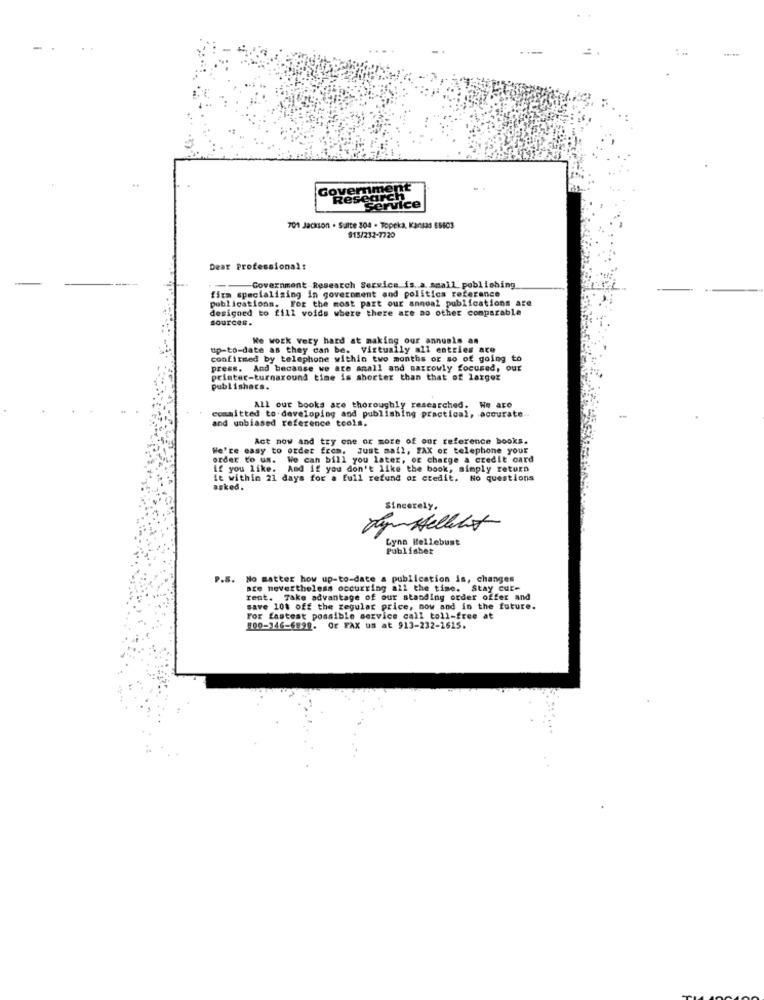
-
Goverment
Research
service
701 Jackson . Salte 304 - Topeka, Kan83 65603
915/232-7720
Dear Professional:
-Government Research Service is. a small publishing
publications. For the most part our annual publications are
firm specializing in government and politics reference
designed to fill voids where there are no other comparable
sources.
We work very hard at making our annuals an
up-to-date as they can be. Virtually all entries ate
confirmed by telephone within two months or so of going to
press. And because we are small and narrowly focused, our
printer-turnaround time is shorter than that of larger
publishers.
All our books are thoroughly researched. We are
and unbiased reference tools.
committed to developing and publishing practical, accurate.
Act now and try one or more of our reference books.
We're easy to order from, Just mail, FAX or telephone your
order to us.
We can bill you later, og charge a credit card
if you like. And if you don't like the book, simply return
le within 21 days for a full refund of credit. No questions
asked.
Sincerely.
Tym Helleles
Lynn Kellebust
Publisher
P.S.
No matter how up-to-date a publication is, changes
are nevertheless occurring all the time. Stay cute
Tent. Take advantage of our standing order offer and
save 10% off the regular price, now and in the future.
For fastest possible service call toll-free at
900-146-6899. Or FAX us at 913-232-1625.